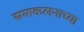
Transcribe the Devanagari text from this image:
समाकलनाच्या